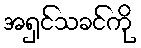
အရှင်သခင်ကို